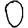
Digit: 0